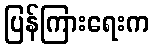
ပြန်ကြားရေးက